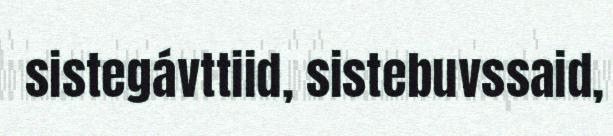
sistegávttiid, sistebuvssaid,